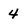
Character: 4